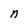
Character: n